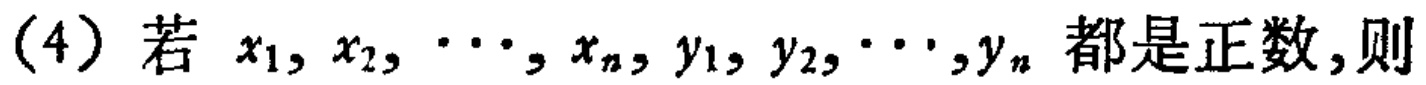
(4) 若 \(x_{1},x_{2},\cdots,x_{n},y_{1},y_{2},\cdots,y_{n}\) 都是正数,则